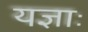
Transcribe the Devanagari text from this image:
यज्ञाः